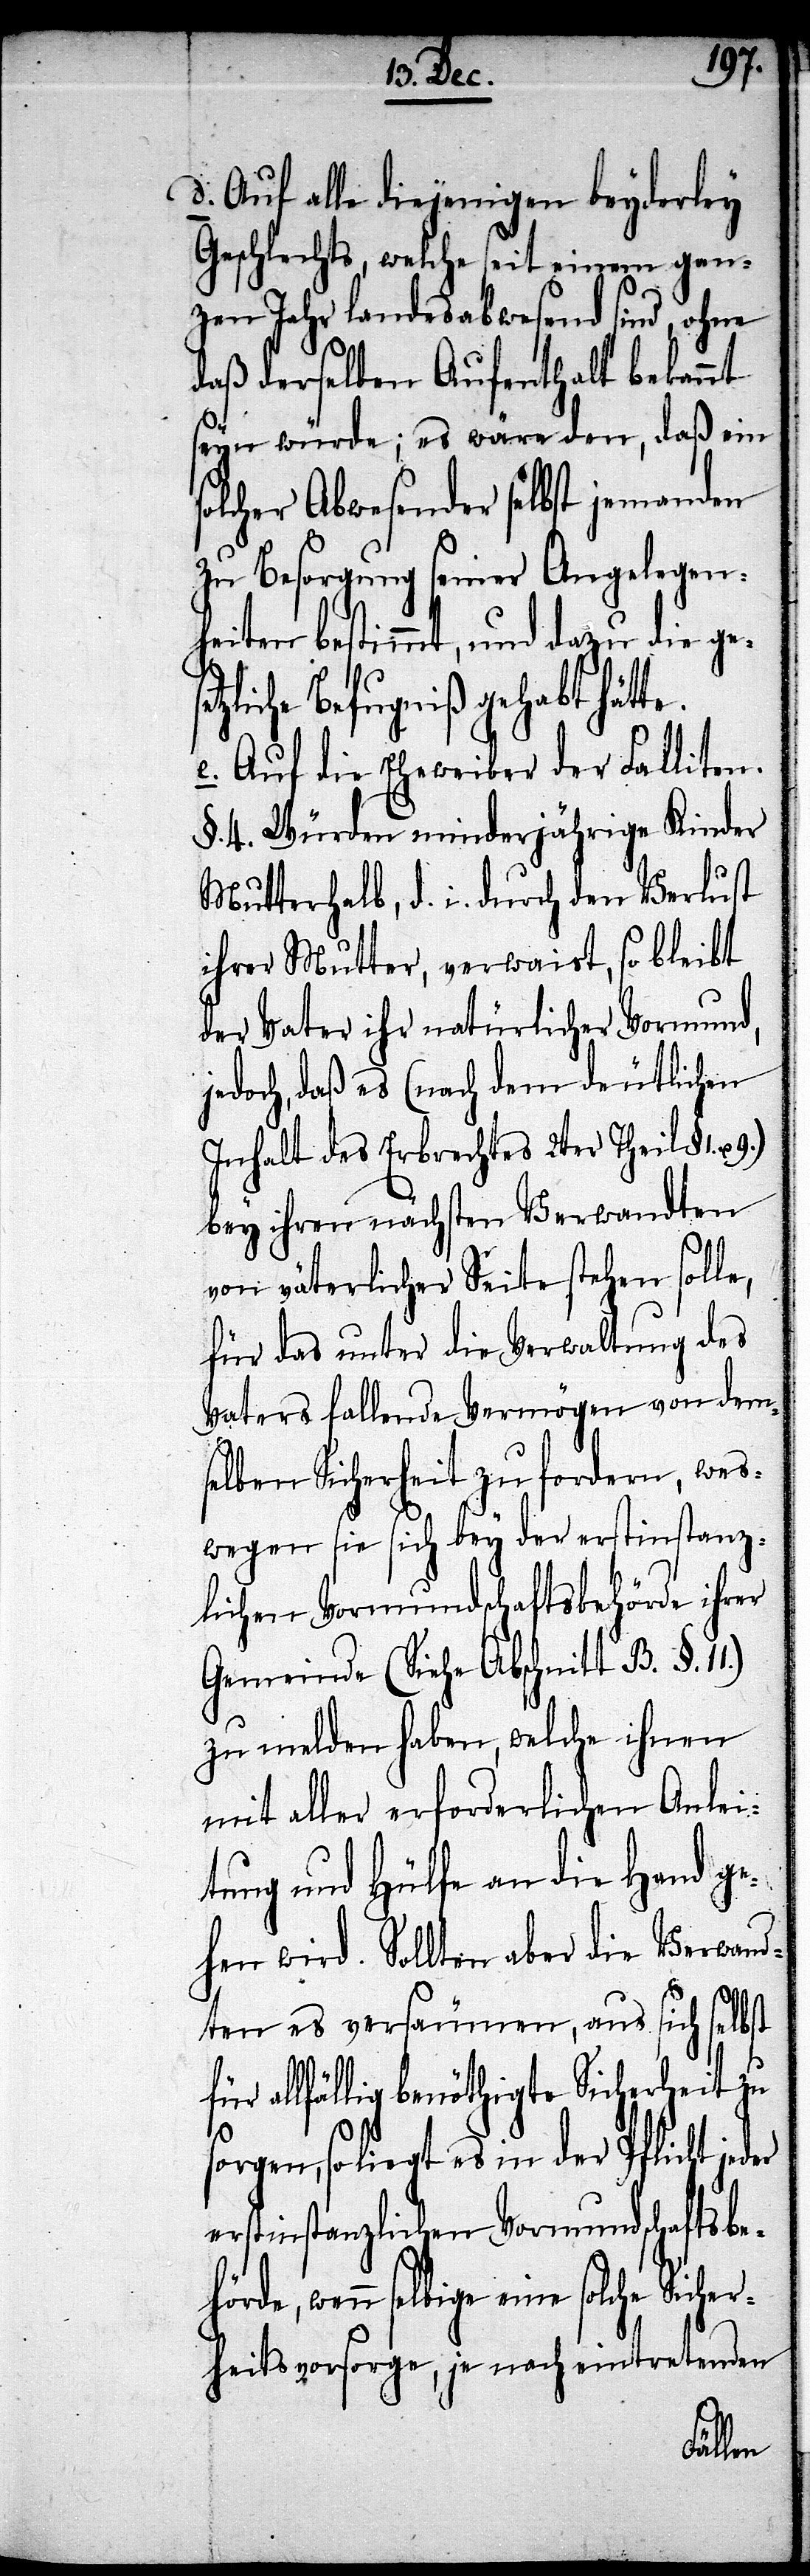
d. auf alle diejenigen beyderley
Geschlechts, welche seit einem gan¬
zen Jahr landesabwesend sind, ohne
daß derselben Aufenthalt bekannt
seyn würde; es wäre denn, daß ein
solcher Abwesender selbst jemanden
zu Besorgung seiner Angelegen¬
heiten bestimmt, und dazu die ge¬
zliche Befugniß gehabt hätte.
e. Auf die Eheweiber der Falliten.
§. 4. Würden minderjährige Kinder
Mutterhalb, d. i .durch den Verlust
ihrer Mutter, verwaist, so bleibt
der Vater ihr natürlicher Vormund,
jedoch, daß es (nach dem deutlichen
Inhalt des Erbrechtes 2ter Theil § 1.
bey ihren nächsten Verwandten
von väterlicher Seite stehen solle,
für das unter die Verwaltung des
Vaters fallende Vermögen von dem¬
selben Sicherheit zu fordern, wes¬
wegen sie sich bey der erstinstanz¬
lichen Vormundschaftsbehörde ihrer
Gemeinde (Siehe Abschnitt B. §. 11)
zu melden haben, welche ihnen
mit aller erforderlichen Anlei¬
tung und Hülfe an die Hand ge¬
hen wird. Sollten aber die Verwand¬
ten es versäumen, aus sich selbst
allfällig benöthigte Sicherheit zu
so liegt es in der Pflicht
erstinstanzlichen Vormundschaftsbe¬
wenn selbige eine solche Sicher¬
heitsvorsorge, je nach eintretenden
hörde,